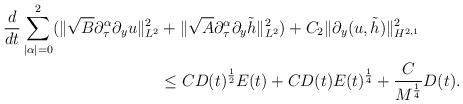
LaTeX: \begin{align*}\frac d{dt}\sum\limits_{|\alpha|=0}^{2}(\|\sqrt{B}\partial_\tau^\alpha\partial_y u\|_{L^2}^2&+\|\sqrt{A}\partial_\tau^\alpha\partial_y\tilde{h}\|_{L^2}^2)+C_2\|\partial_y(u, \tilde{h})\|_{H^{2, 1}}^2\\&\le CD(t)^{\frac 12}E(t)+CD(t)E(t)^{\frac14}+\frac{C}{M^{\frac14}} D(t).\end{align*}